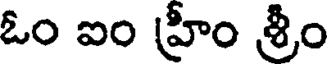
ఓం ఐం హ్రీం శ్రీం